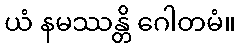
ယံ နမဿန္တိ ဂေါတမံ။